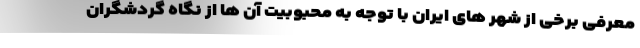
معرفی برخی از شهر های ایران با توجه به محبوبیت آن ها از نگاه گردشگران